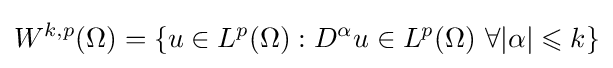
W^{k,p}(\Omega )=\left\{u\in L^{p}(\Omega ):D^{\alpha }u\in L^{p}(\Omega )\,\,\forall |\alpha |\leqslant k\right\}